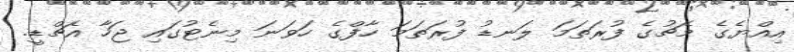
އިއްޔެގެ މެޗުގެ ފުރަތަމަ ލަނޑު ފުރަތަމަ ހާފްގެ ހަވަނަ މިނެޓުގައި ޖަހާ އެޗްޑީ.